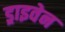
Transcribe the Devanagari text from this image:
ड्राइवेन